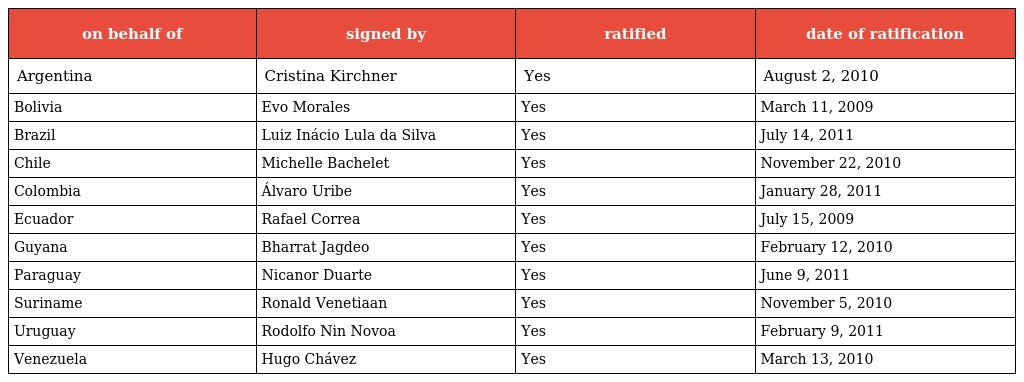
| on behalf of | signed by | ratified | date of ratification |
 | --- | --- | --- | --- |
 | Argentina | Cristina Kirchner | Yes | August 2, 2010 |
 | Bolivia | Evo Morales | Yes | March 11, 2009 |
 | Brazil | Luiz Inácio Lula da Silva | Yes | July 14, 2011 |
 | Chile | Michelle Bachelet | Yes | November 22, 2010 |
 | Colombia | Álvaro Uribe | Yes | January 28, 2011 |
 | Ecuador | Rafael Correa | Yes | July 15, 2009 |
 | Guyana | Bharrat Jagdeo | Yes | February 12, 2010 |
 | Paraguay | Nicanor Duarte | Yes | June 9, 2011 |
 | Suriname | Ronald Venetiaan | Yes | November 5, 2010 |
 | Uruguay | Rodolfo Nin Novoa | Yes | February 9, 2011 |
 | Venezuela | Hugo Chávez | Yes | March 13, 2010 |